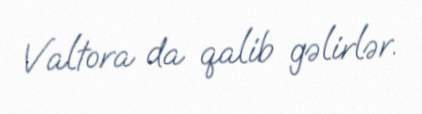
Valtora da qalib gəlirlər.